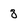
Character: 8